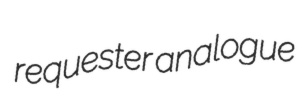
requester analogue